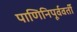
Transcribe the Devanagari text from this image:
पाणिनिपूर्ववर्ती